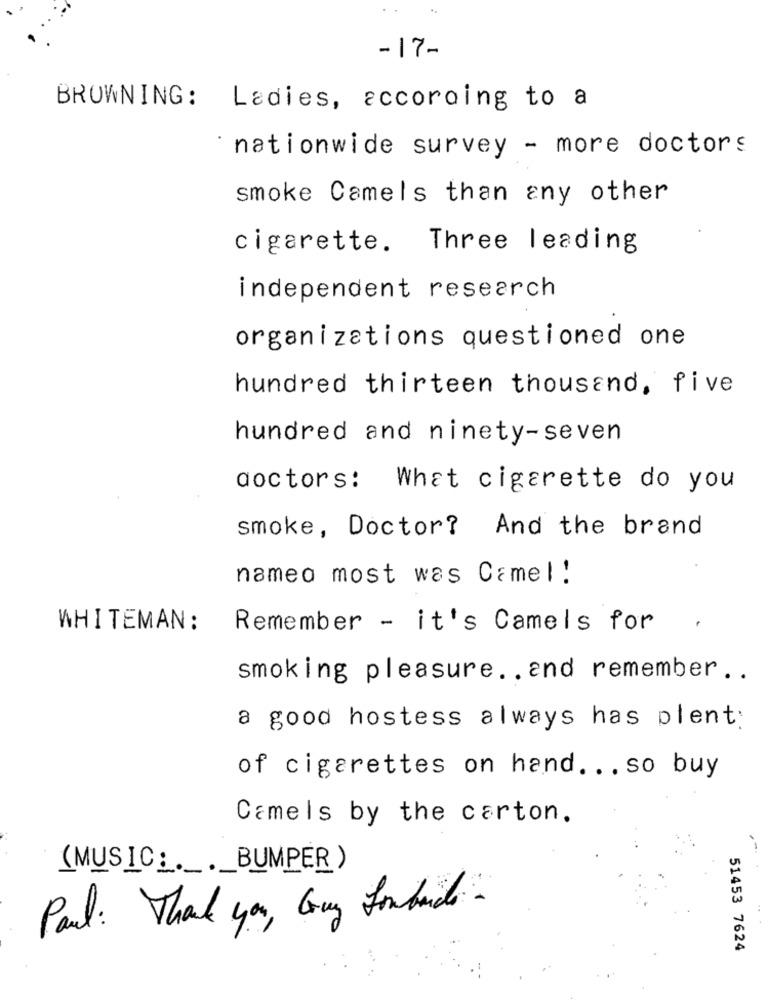
-17-
BROWNING: Ladies, according to a
nationwide survey - more doctors
smoke Camels than any other
cigarette. Three leading
independent research
organizations questioned one
hundred thirteen thousand, five
hundred and ninety-seven
doctors: What cigarette do you
smoke, Doctor? And the brand
nameo most was Camel!
WHITEMAN:
Remember - it's Camels for
smoking pleasure .. and remember ..
a good hostess always has plent:
of cigarettes on hand ... so buy
Camels by the carton.
--
(MUSIC . . BUMPER)
Paul: That you, Guy forbundet.
51453 7624